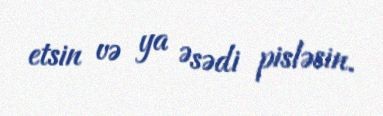
etsin və ya Əsədi pisləsin.